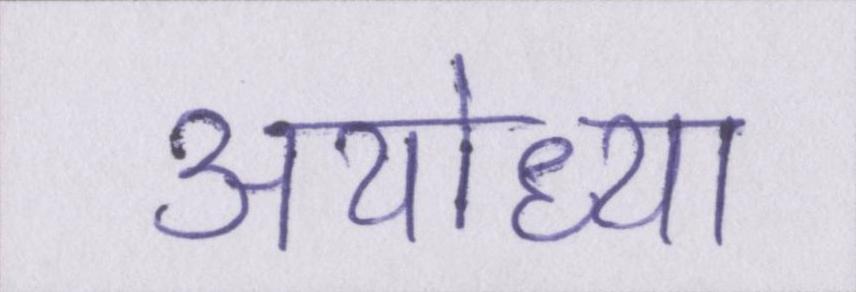
अयोध्या